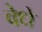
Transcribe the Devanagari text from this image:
वेधे